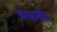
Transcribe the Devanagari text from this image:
चमड़ापीठ